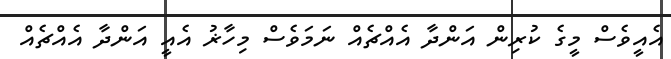
އެއީވެސް މީގެ ކުރިން އަންދާ އެއްޗެއް ނަމަވެސް މިހާޜު އެއީ އަންދާ އެއްޗެއް